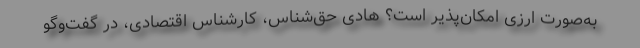
به‌صورت ارزی امكان‌پذیر است؟ هادی حق‌شناس، كارشناس اقتصادی، در گفت‌وگو